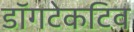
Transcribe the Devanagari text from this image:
डॉगटेकटिव